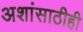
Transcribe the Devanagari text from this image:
अशांसाठीही